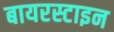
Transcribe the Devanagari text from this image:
बायरस्टाइन